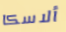
ألاسكا